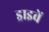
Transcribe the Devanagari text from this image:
ड्राइवें